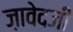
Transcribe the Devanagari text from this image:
ज़ावेदजी